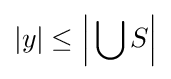
|y|\leq {\Bigl |}\bigcup S{\Bigr |}